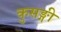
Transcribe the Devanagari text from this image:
कुसङ्गी